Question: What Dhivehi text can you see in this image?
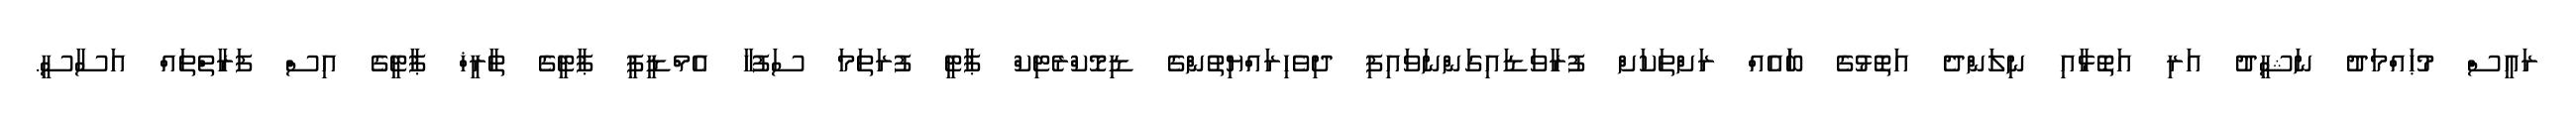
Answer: ރައީސް މުޙައްމަދު ނަޝީދު އަރި އަތޮޅާއި ނިލަންދެ އަތޮޅުގެ ބަައެއް ރަށްތަކަށް ފުރާވަޑައިގަންނަވައިފި ދިވެހިރައްޔިތުންގެ ޑިމޮކްރެޓިކް ޕާޓީ ފުރަތަމަ ސަފުހާ އެމްޑީޕީ ޕާޓީގެ ތާރީޚް ޕާޓީގެ އިސް ފަރާތްތައް އަސާސީ.